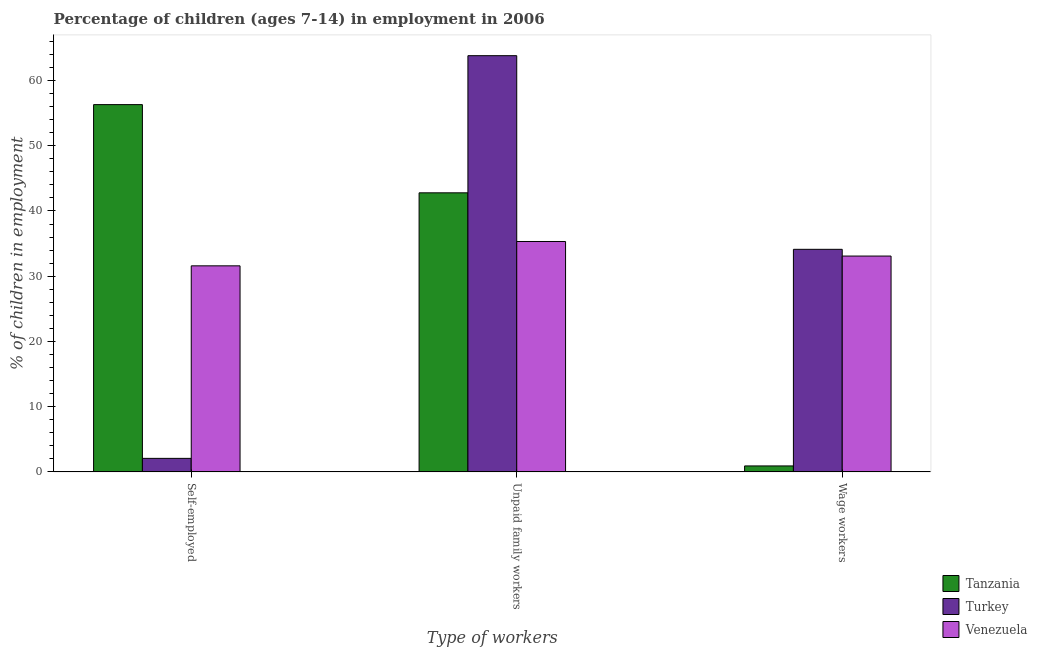
| Type of workers | Tanzania | Turkey | Venezuela |
 | --- | --- | --- | --- |
 | Self-employed | 56.3 | 2.08 | 31.6 |
 | Unpaid family workers | 42.8 | 63.8 | 35.3 |
 | Wage workers | 0.92 | 34.1 | 33.1 |